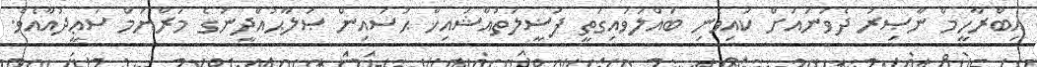
އިބްރާހީމް ނާޞިރު ދެވަނައަށް ކައިވެނި ބައްލަވައިގަތީ ފަޟީލަތުއްޝައިޚް ޙުސައިން ޞަލާޙުއްދީނުގެ މަރްޔަމް ސަޢީދުއާއެވެ.